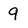
Character: 9